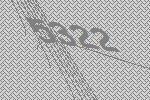
5322